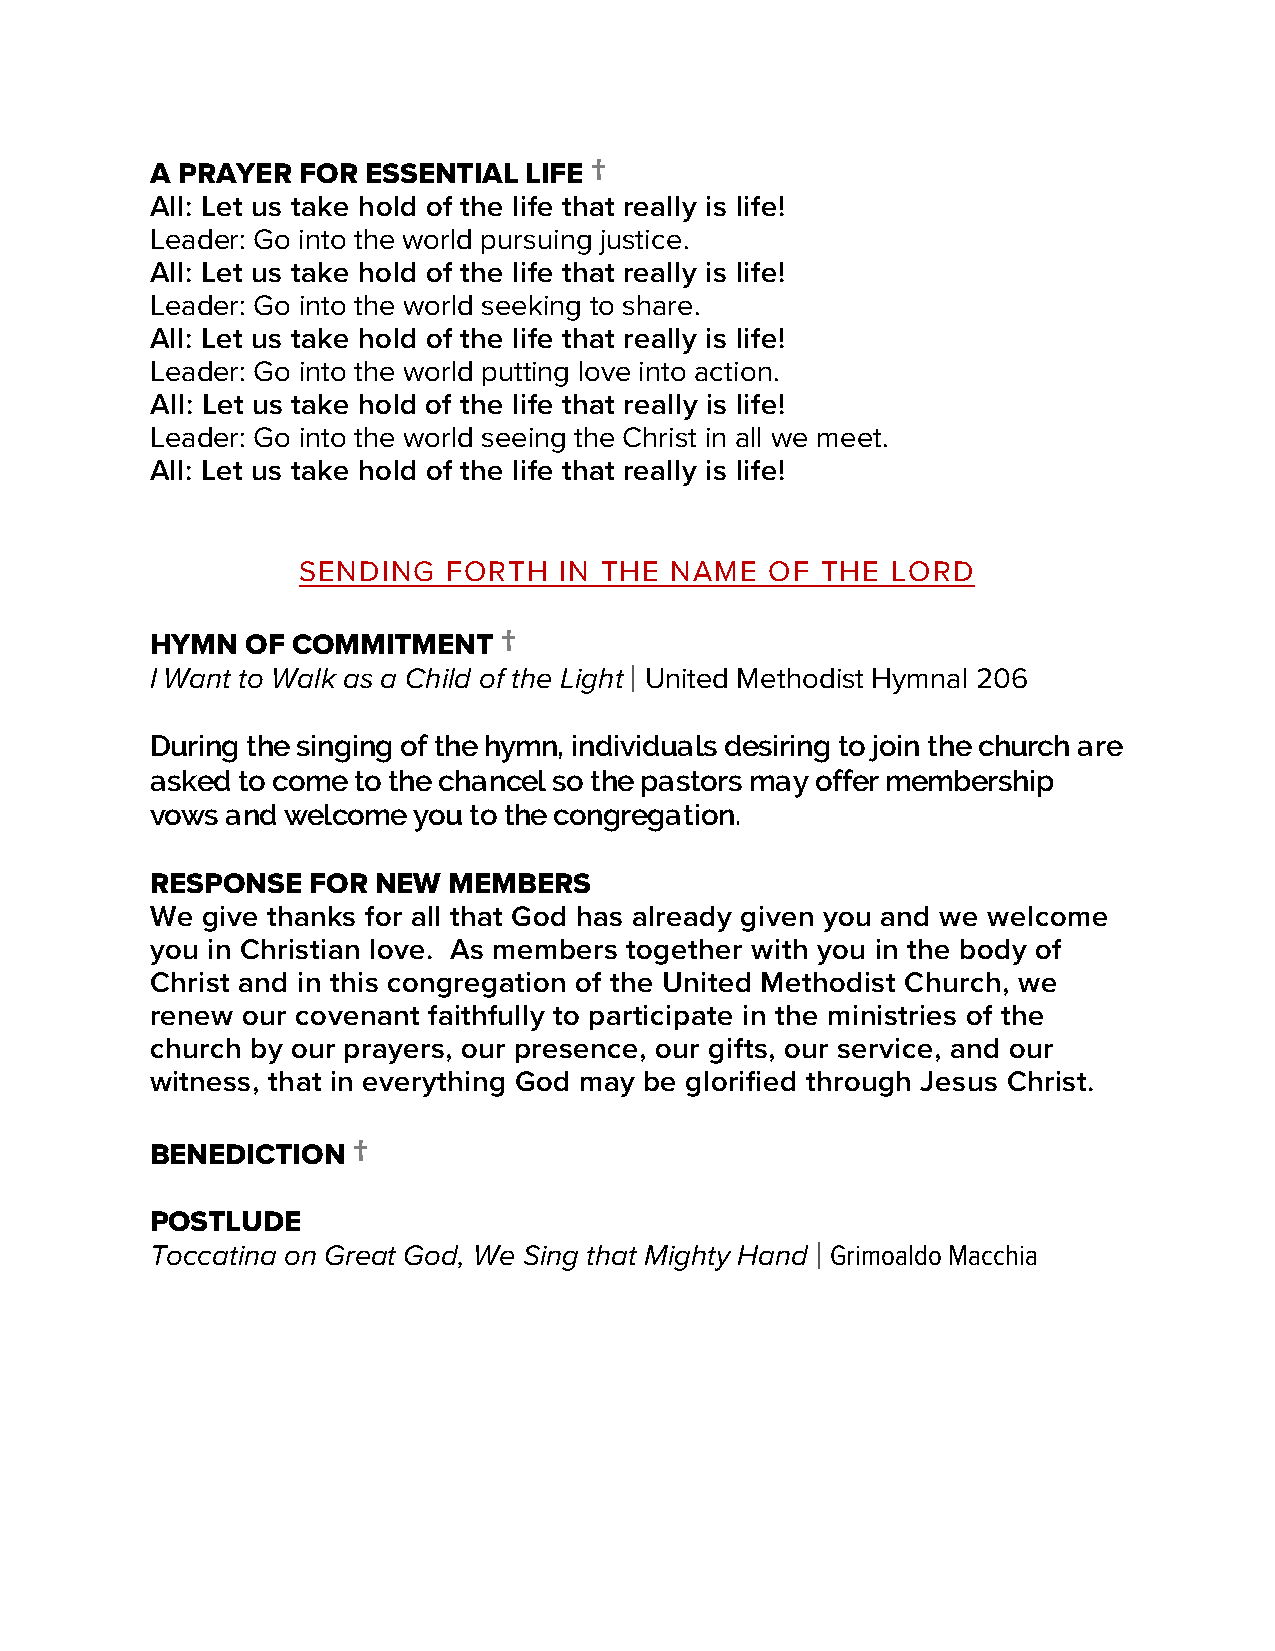
†
 A PRAYER  FOR ESSENTIAL  LIFE
 All: Let us take hold of the life that really is life!
 Leader: Go into the world pursuing justice.
 All: Let us take hold of the life that really is life!
 Leader: Go into the world seeking to share.
 All: Let us take hold of the life that really is life!
 Leader: Go into the world putting love into action.
 All: Let us take hold of the life that really is life!
 Leader: Go into the world seeing the Christ in all we meet.
 All: Let us take hold of the life that really is life!
 SENDING   FORTH  IN THE NAME   OF THE  LORD
 †
 HYMN  OF COMMITMENT
 I Want to Walk as a Child of the Light | United Methodist Hymnal 206
 During the singing of the hymn, individuals desiring to join the church are
 asked to come to the chancel so the pastors may offer membership
 vows and welcome you to the congregation.
 RESPONSE  FOR  NEW  MEMBERS
 We give thanks for all that God has already given you and we welcome
 you in Christian love. As members together with you in the body of
 Christ and in this congregation of the United Methodist Church, we
 renew our covenant faithfully to participate in the ministries of the
 church by our prayers, our presence, our gifts, our service, and our
 witness, that in everything God may be glorified through Jesus Christ.
 †
 BENEDICTION
 POSTLUDE
 Toccatina on Great God, We Sing that Mighty Hand | Grimoaldo Macchia